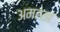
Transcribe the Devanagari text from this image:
अमरख